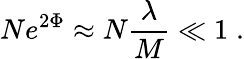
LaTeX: Ne^{2\Phi}\approx N{\frac{\lambda}{M}}\ll 1\; .